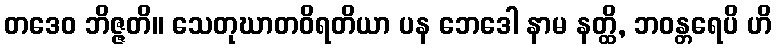
တဒေဝ ဘိဇ္ဇတိ။ သေတုဃာတဝိရတိယာ ပန ဘေဒေါ နာမ နတ္ထိ, ဘဝန္တရေပိ ဟိ